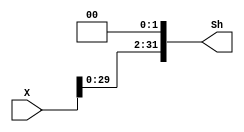
`timescale 1ns / 1ps
//////////////////////////////////////////////////////////////////////////////////
// Company: 
// Engineer: 
// 
// Design Name: 
// Module Name: shift
// Project Name: 
// Target Devices: 
// Tool Versions: 
// Description: 
// 
// Dependencies: 
// 
// Revision:
// Revision 0.01 - File Created
// Additional Comments:
// 
//////////////////////////////////////////////////////////////////////////////////


//
//
module SHIFTER32_L2(X,Sh);
    input [31:0] X;
    output [31:0] Sh;
    parameter z=2'b00;
    assign Sh={X[29:0],z};
endmodule

//J
module SHIFTER_COMBINATION(X,PCADD4,Sh);
    input [25:0] X;
    input [31:0] PCADD4;
    output [31:0] Sh;
    parameter z=2'b00;
    assign Sh={PCADD4[31:28],X[25:0],z};
endmodule